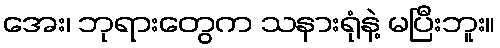
အေး၊ ဘုရားတွေက သနားရုံနဲ့ မပြီးဘူး။